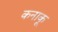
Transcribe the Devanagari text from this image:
कनाकू